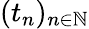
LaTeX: (t_{n})_{n\in\mathbb{N}}